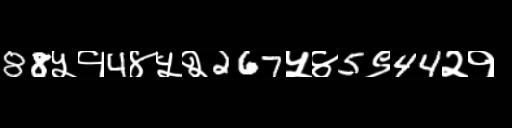
Text: 88५१4४५२267५४5९44२१